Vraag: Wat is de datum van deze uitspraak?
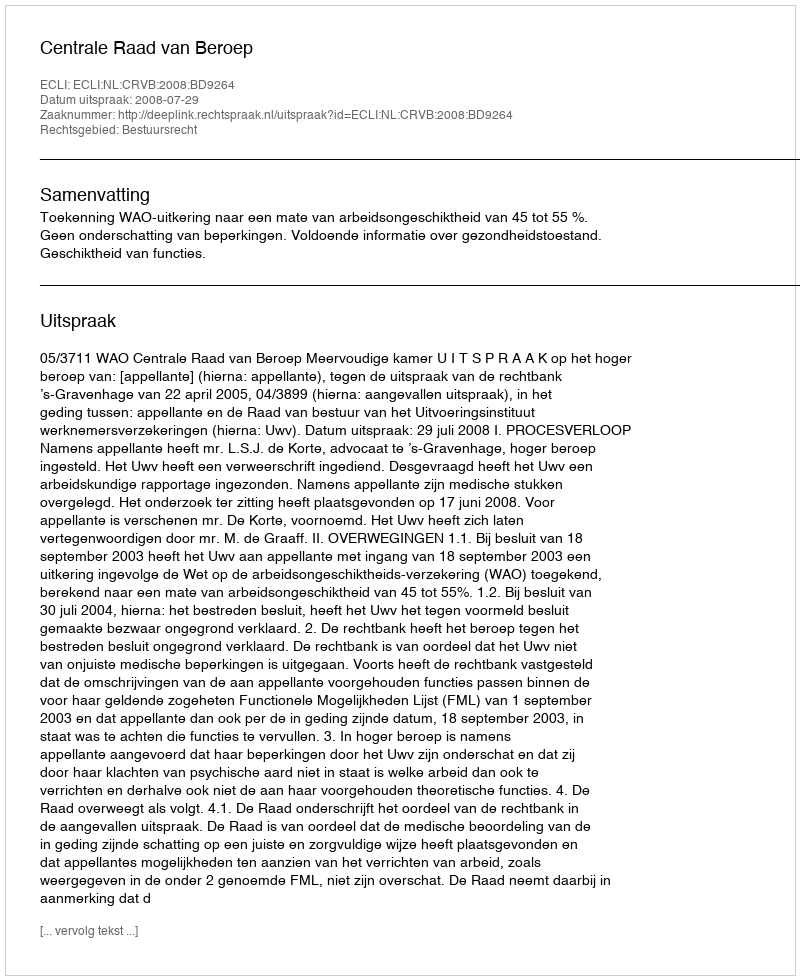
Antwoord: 2008-07-29